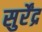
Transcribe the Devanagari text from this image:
सुर्रेंद्र